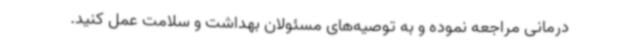
درمانی مراجعه نموده و به توصیه‌های مسئولان بهداشت و سلامت عمل کنید.